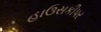
હાઉસકીપર